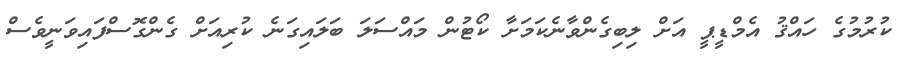
ކުރުމުގެ ހައްޤު އެމްޑީޕީ އަށް ލިބިގެންވާނެކަމަށާ ކޯޓުން މައްސަލަ ބަލައިގަނެ ކުރިއަށް ގެންގޮސްފައިވަނީވެސް